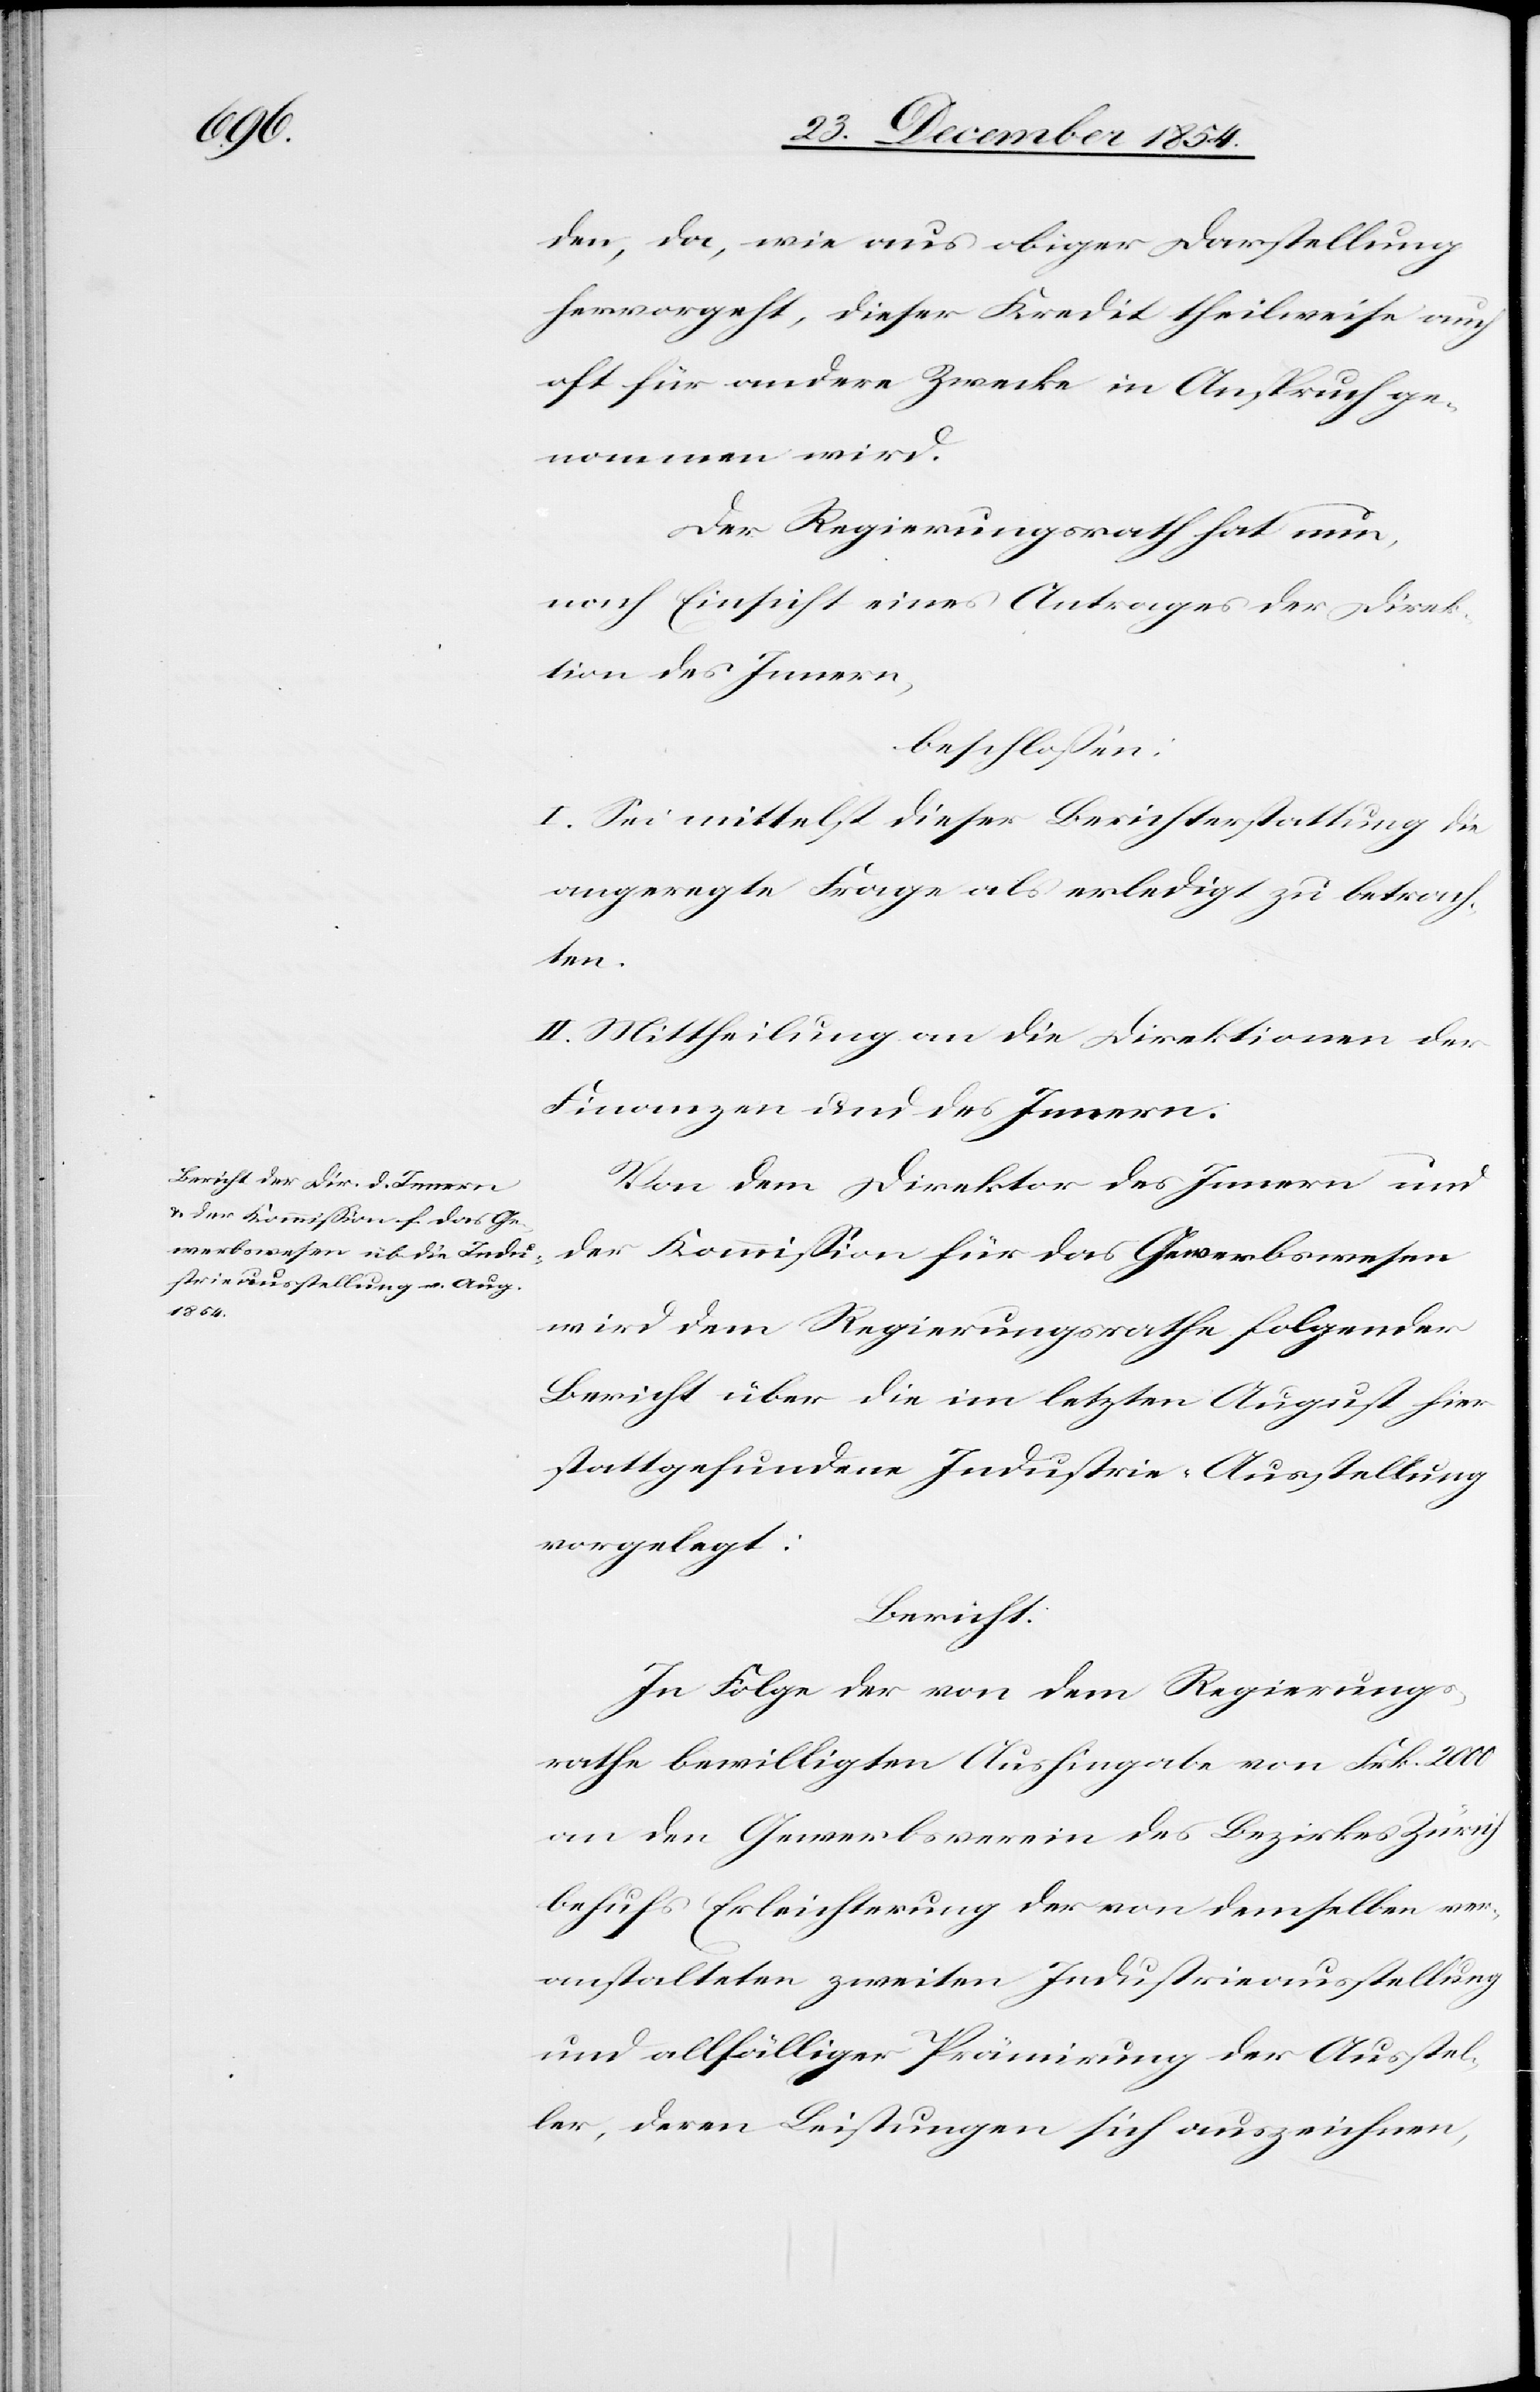
den, da, wie aus obiger Darstellung
hervorgeht, dieser Kredit theilweise auch
oft für andere Zwecke in Anspruch ge¬
nommen wird.
Der Regierungsrath hat nun,
nach Einsicht eines Antrages der Direk¬
tion des Innern,
beschloßen:
I. Sei mittelst dieser Berichterstattung die
angeregte Frage als erledigt zu betrach¬
ten.
II. Mittheilung an die Direktionen der
Finanzen und des Innern.
Von dem Direktor des Innern und
der Kommißion für das Gewerbswesen
wird dem Regierungsrathe folgender
Bericht über die im letzten August hier
stattgefundene Industrie-Ausstellung
vorgelegt:
Bericht:
In Folge der von dem Regierungs¬
rathe bewilligten Aushingabe von Frk. 2000
an den Gewerbsverein des Bezirkes Zürich
behufs Erleichterung der von demselben ver¬
anstalteten zweiten Industrieausstellung
und allfälliger Prämirung der Ausstel¬
ler, deren Leistungen sich auszeichnen,